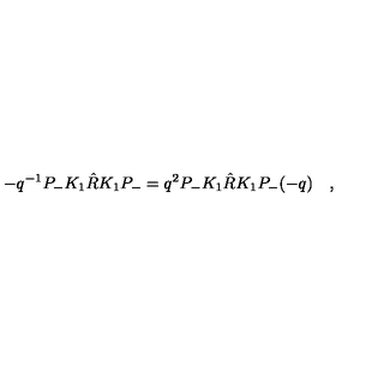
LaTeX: - q ^ { - 1 } P _ { - } K _ { 1 } \hat { R } K _ { 1 } P _ { - } = q ^ { 2 } P _ { - } K _ { 1 } \hat { R } K _ { 1 } P _ { - } ( - q ) \quad ,